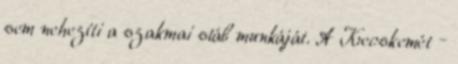
sem nehezíti a szakmai stáb munkáját. A Kecskemét –